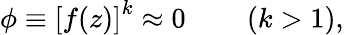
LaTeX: \phi\equiv\left[f(z)\right]^{k}\approx 0\qquad\left(k>1\right),